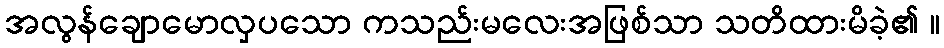
အလွန်ချောမောလှပသော ကသည်းမလေးအဖြစ်သာ သတိထားမိခဲ့၏ ။